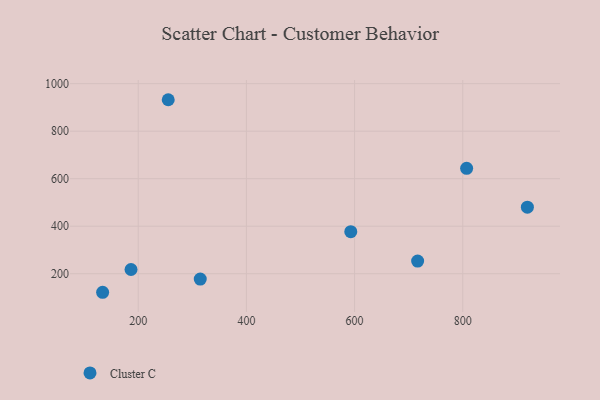
{"axis": {"x": "Speed", "y": "Profit"}, "legend": ["Cluster C"], "data": [{"x": "314.7", "y": 177.4, "type": "Cluster C"}, {"x": "807.2", "y": 643.4, "type": "Cluster C"}, {"x": "716.6", "y": 253.1, "type": "Cluster C"}, {"x": "134.2", "y": 121.8, "type": "Cluster C"}, {"x": "255.5", "y": 932.4, "type": "Cluster C"}, {"x": "919.5", "y": 479.9, "type": "Cluster C"}, {"x": "593.0", "y": 377.0, "type": "Cluster C"}, {"x": "186.7", "y": 217.7, "type": "Cluster C"}]}